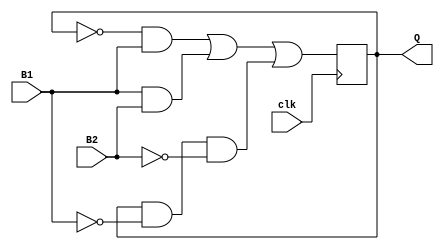
`timescale 1ns/1ns
module flipflop(input B1, B2, clk, output reg Q);
    initial begin 
         Q=0;
    end

    always@(posedge clk) begin
        Q=(~Q & B1) | (B1 & B2) | (Q & ~B1 & ~B2);
    end
endmodule

module tb;
    reg B1=0;   
    reg B2=0;   
    reg clk=0;
    wire Q;
    flipflop flip(B1, B2, clk, Q);
    always begin
        clk=~clk;
        #10;
    end
    initial begin
        B1=0;   B2=1; 
        $monitor("B1=%b B2=%b Q=%b",B1,B2,Q); 
         #40;
        B1=1;   B2=0;  
         #40;
        B1=1;   B2=1;   
        #40;
        B1=0;   B2=0;  
         #40;
        
    end



endmodule